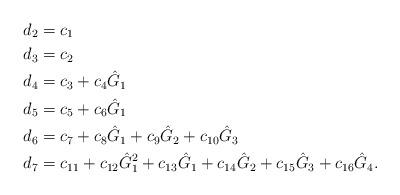
LaTeX: \begin{align*}d_2 &= c_1 \\d_3 &= c_2\\d_4 &= c_3 + c_4 \hat{G}_1 \\d_5 &= c_5 + c_6 \hat{G}_1 \\d_6 &= c_7 + c_8 \hat{G}_1 + c_9 \hat{G}_2 + c_{10} \hat{G}_3 \\d_7 &= c_{11} + c_{12} \hat{G}_1^2 + c_{13} \hat{G}_1 + c_{14} \hat{G}_2 +c_{15} \hat{G}_3 + c_{16}\hat{G}_4.\end{align*}